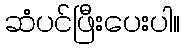
ဆံပင်ဖြီးပေးပါ။